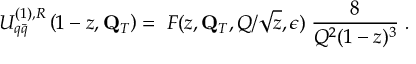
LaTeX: U _ { q \bar { q } } ^ { ( 1 ) , R } \left( 1 - z , { \bf Q } _ { T } \right) = \; { \cal F } ( z , { \bf Q } _ { T } , Q / \sqrt { z } , \epsilon ) \; { \frac { 8 } { Q ^ { 2 } ( 1 - z ) ^ { 3 } } } \; .